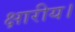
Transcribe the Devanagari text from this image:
क्षारीय।